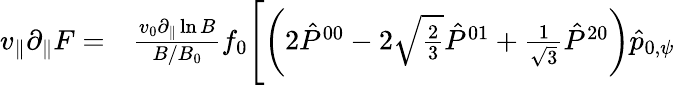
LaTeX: \begin{array}{rl}{v_{\| }\partial_{\| }F=}&{{}\frac{v_{0}\partial_{\| }\ln B}{B/B_{0}}f_{0}\Biggl[\left(2\hat{P}^{00}-2\sqrt{\frac{2}{3}}\hat{P}^{01}+\frac{1}{\sqrt{3}}\hat{P}^{20}\right)\hat{p}_{0,\psi}}\end{array}